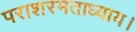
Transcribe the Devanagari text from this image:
पराशरमताध्याय।